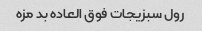
رول سبزیجات فوق العاده بد مزه